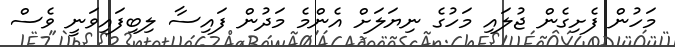
މަހުން ފެށިގެން ޖުލައި މަހުގެ ނިޔަލަށް އެންމެ މަދުން ފައިސާ ލިބިފައިވަނީ ވެސް